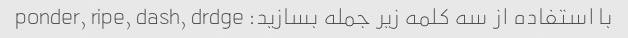
با استفاده از سه کلمه زیر جمله بسازید: ponder, ripe, dash, drdge